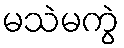
မသဲမကွဲ